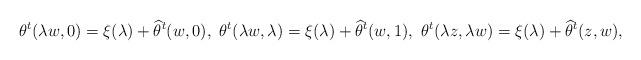
LaTeX: \begin{align*}\theta^t(\lambda w,0)=\xi(\lambda)+\widehat\theta^t(w,0),\ \theta^t(\lambda w,\lambda)=\xi(\lambda)+\widehat\theta^t(w,1),\ \theta^t(\lambda z,\lambda w)=\xi(\lambda)+\widehat\theta^t(z,w),\end{align*}